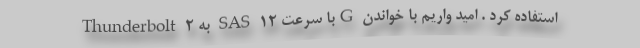
Thunderbolt 2 به SAS با سرعت 12G استفاده کرد . امید واریم با خواندن